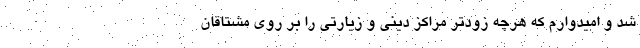
شد و امیدوارم که هرچه زودتر مراکز دینی و زیارتی را بر روی مشتاقان